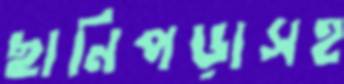
ছানিপড়াসহ